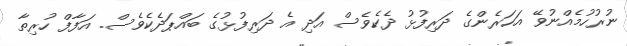
ނުރުހުމެއްނުވޭ އަހަރެންގެ ދަރިފުޅު ދެކެވެސް އަދި އެ ދަރިފުޅުގެ ބައްޕަދެކެވެސް. އަފާފް ހުރިތާ